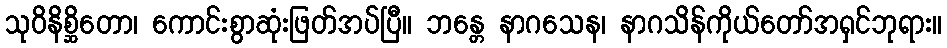
သုဝိနိစ္ဆိတော၊ ကောင်းစွာဆုံးဖြတ်အပ်ပြီ။ ဘန္တေ နာဂသေန၊ နာဂသိန်ကိုယ်တော်အရှင်ဘုရား။